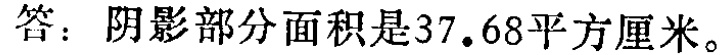
答：阴影部分面积是\(37.68\)平方厘米。